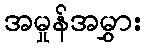
အမှုန်အမွှား